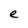
Character: e